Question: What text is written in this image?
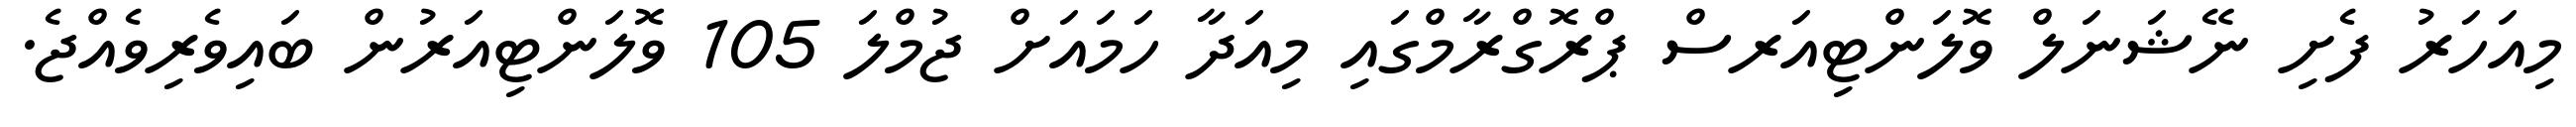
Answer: މިއަހަރު ފެށި ނޭޝަނަލް ވޮލަންޓިއަރސް ޕްރޮގްރާމްގައި މިއަދާ ހަމައަށް ޖުމްލަ 105 ވޮލަންޓިއަރުން ބައިވެރިވެއްޖެ.